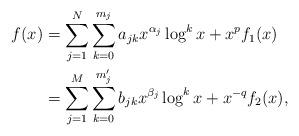
LaTeX: \begin{align*}f(x)&=\sum_{j=1}^N\sum_{k=0}^{m_j}a_{jk}x^{\alpha_j}\log^kx+x^pf_1(x)\\&=\sum_{j=1}^M\sum_{k=0}^{m'_j}b_{jk}x^{\beta_j}\log^kx+x^{-q}f_2(x),\end{align*}